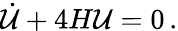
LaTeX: \dot{\cal U}+4H{\cal U}=0\, .